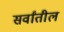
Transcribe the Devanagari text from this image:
सर्वांतील